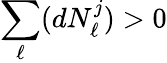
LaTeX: \sum_{\ell}(dN_{\ell}^{j})>0